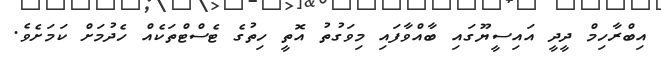
އިބްރާހިމް ދީދީ އައިސީޔޫގައި ބާއްވާފައި މިވަގުތު އޮތީ ހިތުގެ ޓެސްޓްތަކެއް ހެދުމަށް ކަމަށެވެ.